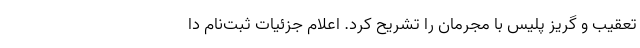
تعقیب و گریز پلیس با مجرمان را تشریح کرد. اعلام جزئیات ثبت‌نام دا